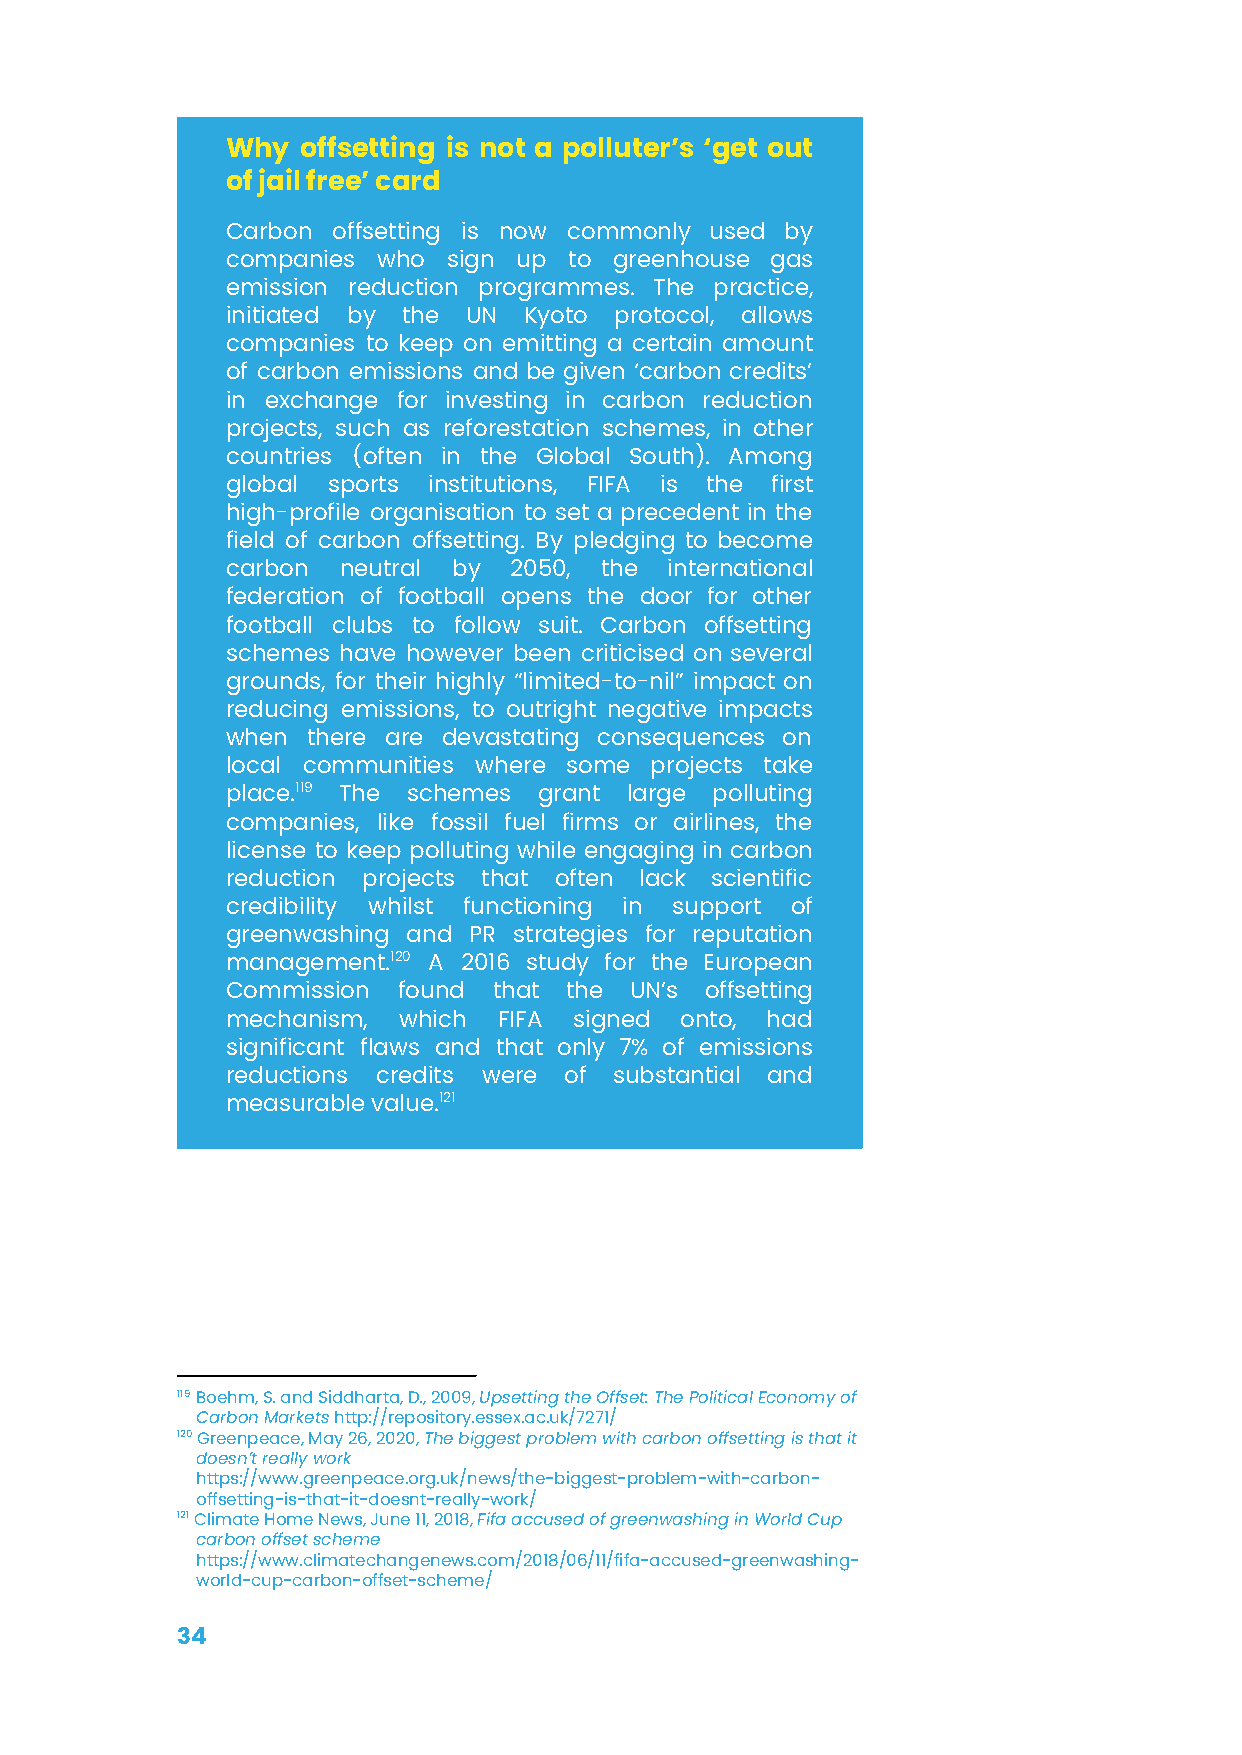
Why  offsetting is not a polluter’s ‘get out
 of jail free’ card
 Carbon offsetting is now commonly used by
 companies who  sign up to greenhouse gas
 emission reduction programmes. The practice,
 initiated by the UN Kyoto protocol, allows
 companies to keep on emitting a certain amount
 of carbon emissions and be given ‘carbon credits’
 in exchange for investing in carbon reduction
 projects, such as reforestation schemes, in other
 countries (often in the Global South). Among
 global sports institutions, FIFA is the first
 high-profile organisation to set a precedent in the
 field of carbon offsetting. By pledging to become
 carbon neutral by  2050, the international
 federation of football opens the door for other
 football clubs to follow suit. Carbon offsetting
 schemes have however been criticised on several
 grounds, for their highly “limited-to-nil” impact on
 reducing emissions, to outright negative impacts
 when there are devastating consequences on
 local communities where some projects take
 place.119 The schemes grant large polluting
 companies, like fossil fuel firms or airlines, the
 license to keep polluting while engaging in carbon
 reduction projects that often lack scientific
 credibility whilst functioning in support of
 greenwashing and PR strategies for reputation
 management.120 A 2016 study for the European
 Commission found  that the UN’s offsetting
 mechanism, which  FIFA signed onto, had
 significant flaws and that only 7% of emissions
 reductions credits were of substantial and
 measurable value.121
 119Boehm, S. and Siddharta, D., 2009,Upsetting theOffset: The Political Economy of
 Carbon Marketshttp://repository.essex.ac.uk/7271/
 120Greenpeace, May 26, 2020,The biggest problem withcarbon offsetting is that it
 doesn’t really work
 https://www.greenpeace.org.uk/news/the-biggest-problem-with-carbon-
 offsetting-is-that-it-doesnt-really-work/
 121Climate Home News, June 11, 2018,Fifa accused ofgreenwashing in World Cup
 carbon offset scheme
 https://www.climatechangenews.com/2018/06/11/fifa-accused-greenwashing-
 world-cup-carbon-offset-scheme/
 34